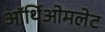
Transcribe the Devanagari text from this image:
ऑर्थिओमलेट